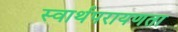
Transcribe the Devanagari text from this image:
स्वार्थपरायणता